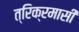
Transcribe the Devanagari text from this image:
त्रिक्रमासी